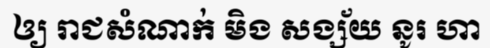
ឲ្យ រាជសំណាក់ មិង សង្ស័យ នូរ ហា